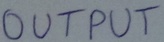
Text: OUTPUT